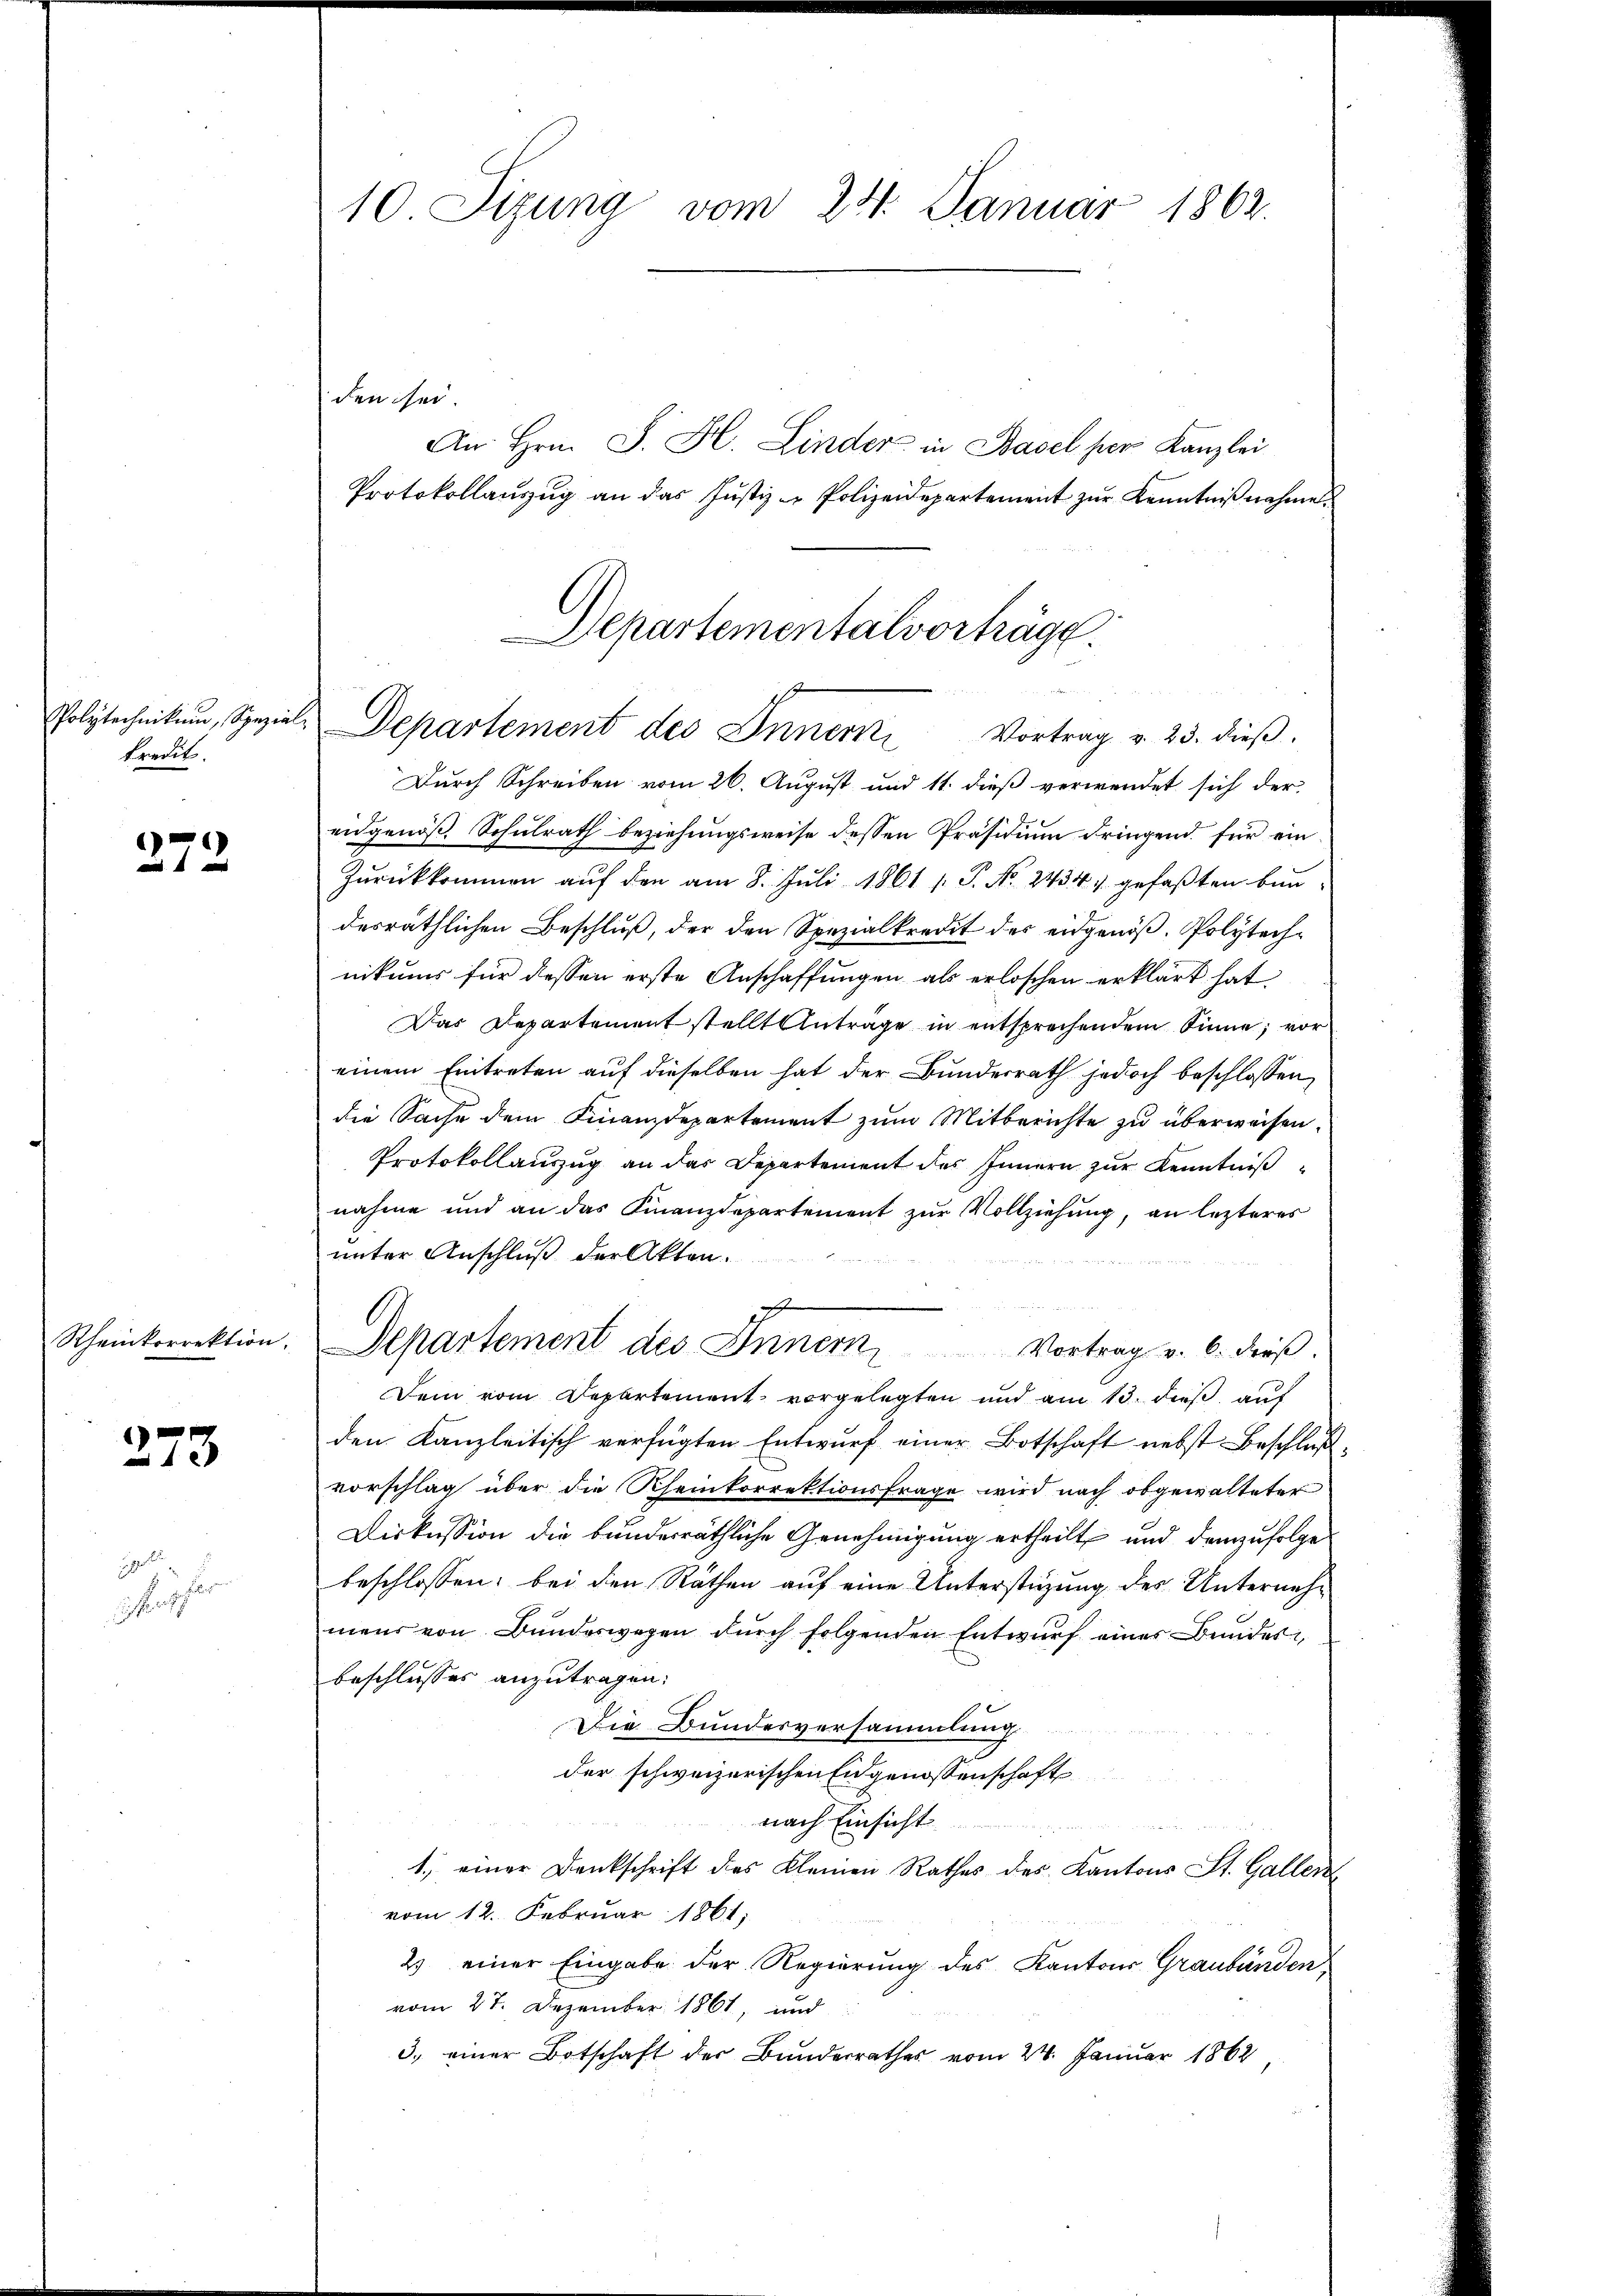
Polytechnikum, Spezial-
kredit.

279

Rheinkorrektion.

273

10
hasser

10 Sizung vom 24. Januar 1862.

den sei.
An Hrn. J. H. Linder in Basel her Kanzlei
Protokollanzug an das Justiz - Polizeidepartement zur Kenntnißnahme
Durch Schreiben vom 26. August und 11. dieß verwendet sich der
eidgenöß. Schulrath beziehungsweise dessen Präsidium dringend für ein
Zŭrückkommen aŭf den am 8. Juli 1861 /: P. Nr. 2434 gefaßten Bundesräthlichen Beschluß, der den Spezialkredit des eidgenöß. Polytechnikums für dessen erste Anschaffungen als erloschen erklärt hat
Das Departement stellt Antrage in entsprechendem Sinne; vor
einem Eintreten auf dieselben hat der Bundesrath jedoch beschlossen,
die Sache dem Finanzdepartement zum Mitberichte zu überweisen.
Protokollauszug an das Departement des Innern zur Kenntniß
nahme und an das Finanzdepartement zŭr Vollziehung, an lezteres
unter Anschluß der Akten.
d
Departement des Innern, Vortrag u. 6. dieβ.
Dem vom Departement vorgelegten und am 13. dieß, auf
den Kanzleitisch verfügten Entwŭrf einer Botschaft nebst Beschluß
vorschlag über die Rheinkorrektionsfrage wird nach obgewalteter
Diskussion die bunderräthliche Genehmigung ertheilt und demzufolge
beschlossen: bei den Räthen auf eine Unterstüzung des Unternehmens von Bundeswegen dŭrch folgenden Entwŭrf eines Bundes,
beschlusses anzutragen:
Die Bundesversammlung
der schweizerischen Eidgenossenschaft
nach Einsicht
1.) einer Denkschrift des Kleinen Rathes des Kantons St. Gallen
vom 12. Februar 1861;
2) einer Eingabe der Regierung des Kantons Graubünden
vom 27. Dezember 1861, und
3.) einer Botschaft der Bandesrathes vom 24. Januar 1862

Aepartementalvorträge.
Departement des Innern Vortrag v. 25. dieß.